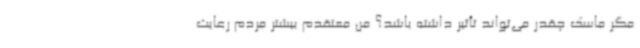
مگر ماسک چقدر می‌تواند تأثیر داشته باشد؟ من معتقدم بیشتر مردم رعایت